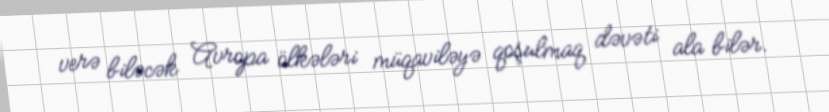
verə biləcək Avropa ölkələri müqaviləyə qoşulmaq dəvəti ala bilər.